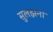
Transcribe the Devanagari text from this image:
सुलझना